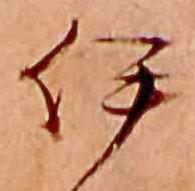
伊